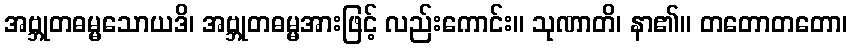
အဗ္ဘုတဓမ္မသောယဒိ၊ အဗ္ဘုတဓမ္မအားဖြင့် လည်းကောင်း။ သုဏာတိ၊ နာ၏။ တတောတတော၊